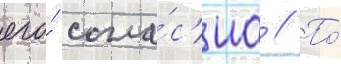
его́ согла́с'иа // По́